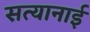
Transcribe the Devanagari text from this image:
सत्यानाई